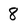
Character: 8